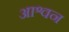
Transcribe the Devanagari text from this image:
आश्वन